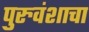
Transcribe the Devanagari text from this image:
पुरुवंशाचा